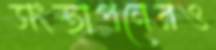
সংস্থাপনেরও